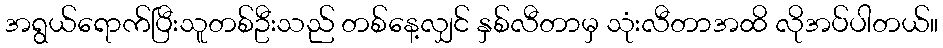
အရွယ်ရောက်ပြီးသူတစ်ဦးသည် တစ်နေ့လျှင် နှစ်လီတာမှ သုံးလီတာအထိ လိုအပ်ပါတယ်။